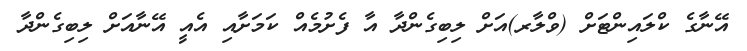
އޭނާގެ ކްލައިންޓަށް (ވްލާރ)އަށް ލިބިގެންދާ އާ ފެށުމެއް ކަމަށާއި އެއީ އޭނާއަށް ލިބިގެންދާ